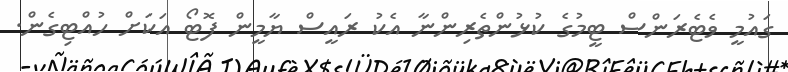
ގައުމީ ވެޓެރަންސް ޓީމުގެ ކުޅުންތެރިންނާ އެކު ރައީސް ޔާމީން ފޮޓޯ އަކަށް ހުއްޓިގެން.